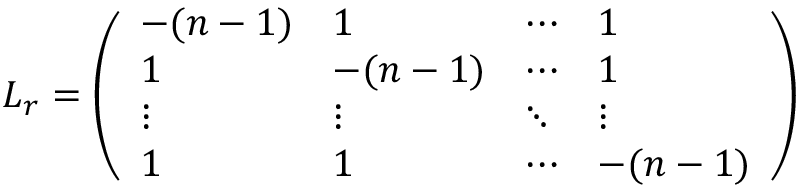
L _ { r } = \left( \begin{array} { l l l l } { - ( n - 1 ) } & { 1 } & { \cdots } & { 1 } \\ { 1 } & { - ( n - 1 ) } & { \cdots } & { 1 } \\ { \vdots } & { \vdots } & { \ddots } & { \vdots } \\ { 1 } & { 1 } & { \cdots } & { - ( n - 1 ) } \end{array} \right)